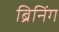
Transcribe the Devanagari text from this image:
ब्रिनिंग